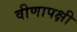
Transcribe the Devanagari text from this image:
वीणापक्षी